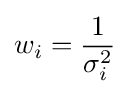
w_{i}={\frac {1}{\sigma _{i}^{2}}}